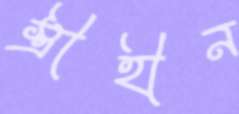
স্ত্রীহীন